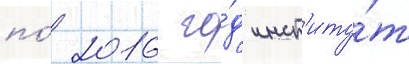
по́ 2016 го́д инст'иту́т